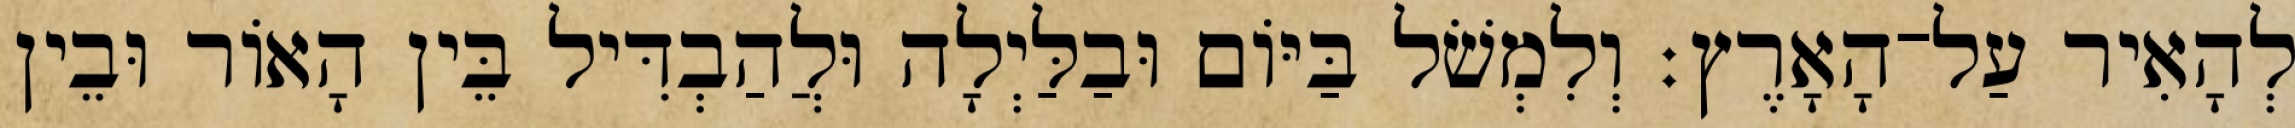
לְהָאִיר עַל־הָאָרֶץ׃ וְלִמְשֹׁל בַּיֹּום וּבַלַּיְלָה וּלֲהַבְדִּיל בֵּין הָאֹור וּבֵין